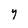
Character: y